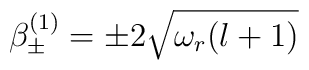
\beta^{(1)}_{\pm} = \pm 2 \sqrt {\omega_r (l+1)}